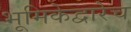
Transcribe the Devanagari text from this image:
भूमिकेद्वारेच